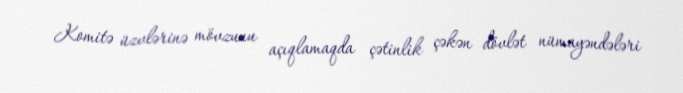
Komitə üzvlərinə mövzunu açıqlamaqda çətinlik çəkən dövlət nümayəndələri